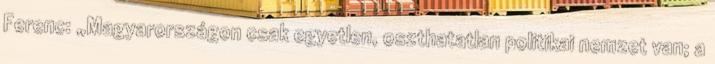
Ferenc: „Magyarországon csak egyetlen, oszthatatlan politikai nemzet van; a